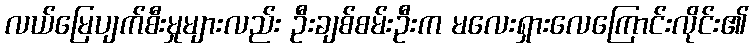
လယ်မြေပျက်စီးမှုများလည်း ဦးချစ်စမ်းဦးက မလေးရှားလေကြောင်းလိုင်း၏